Burma Government Medical School reports 1907-22
Year: 1907
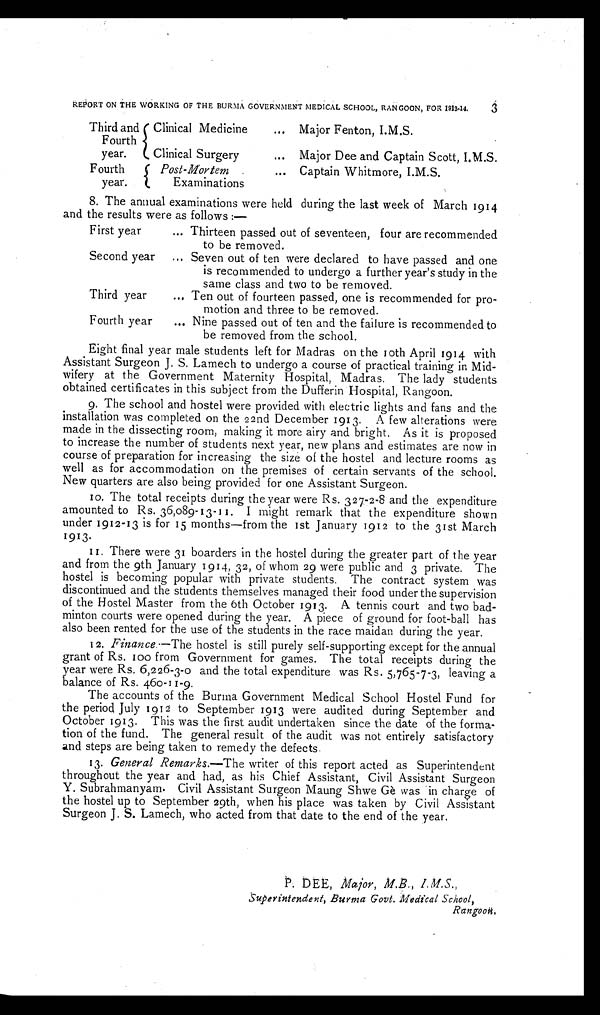
REPORT ON THE WORKING OF THE BURMA GOVERNMENT MEDICAL SCHOOL, RANGOON, FOR 1913-14. 3
Third and
Fourth
year.
Clinical Medicine
... Major Fenton, I.M.S.
Clinical Surgery
... Major Dee and Captain Scott, I.M.S.
Fourth
year.
Post-Mortem ... Captain Whitmore, I.M.S.
Examinations
8. The annual examinations were held during the last week of March 1914
and the results were as follows :—
First year
... Thirteen passed out of seventeen, four are recommended
to be removed.
Second year
... Seven out of ten were declared to have passed and one
is recommended to undergo a further year's study in the
same class and two to be removed.
Third year
... Ten out of fourteen passed, one is recommended for pro
-
motion and three to be removed.
Fourth year
... Nine passed out of ten and the failure is recommended to
be removed from the school.
Eight final year male students left for Madras on the 10th April 1914 with
Assistant Surgeon J. S. Lamech to undergo a course of practical training in Mid
-wifery at the Government Maternity Hospital, Madras. The lady students
obtained certificates in this subject from the Dufferin Hospital, Rangoon.
9. The school and hostel were provided with electric lights and fans and the
installation was completed on the 22nd December 1913. A few alterations were
made in the dissecting room, making it more airy and bright. As it is proposed
to increase the number of students next year, new plans and estimates are now in
course of preparation for increasing the size of the hostel and lecture rooms as
well as for accommodation on the premises of certain servants of the school.
New quarters are also being provided for one Assistant Surgeon.
10. The total receipts during the year were Rs. 327-2-8 and the expenditure
amounted to Rs. 36,089-13-11. I might remark that the expenditure shown
under 1912-13 is for 15 months—from the 1st January 1912 to the 31st March
1913.
11. There were 31 boarders in the hostel during the greater part of the year
and from the 9th January 1914, 32, of whom 29 were public and 3 private. The
hostel is becoming popular with private students. The contract system was
discontinued and the students themselves managed their food under the supervision
of the Hostel Master from the 6th October 1913. A tennis court and two bad
-minton courts were opened during the year. A piece of ground for foot-ball has
also been rented for the use of the students in the race maidan during the year.
12. Finance.—The hostel is still purely self-supporting except for the annual
grant of Rs. 100 from Government for games. The total receipts during the
year were Rs. 6,226-3-0 and the total expenditure was Rs. 5,765-7-3, leaving a
balance of Rs. 460-11-9.
The accounts of the Burma Government Medical School Hostel Fund for
the period July 1912 to September 1913 were audited during September and
October 1913. This was the first audit undertaken since the date of the forma
-tion of the fund. The general result of the audit was not entirely satisfactory
and steps are being taken to remedy the defects.
13.
General Remarks.—The writer of this report acted as Superintendent
throughout the year and had, as his Chief Assistant, Civil Assistant Surgeon
Y. Subrahmanyam. Civil Assistant Surgeon Maung Shwe Gè was in charge of
the hostel up to September 29th, when his place was taken by Civil Assistant
Surgeon J. S. Lamech, who acted from that date to the end of the year.
P. DEE, Major, M.B., I.M.S.,
Superintendent, Burma Govt. Medical School,
Rangoon.